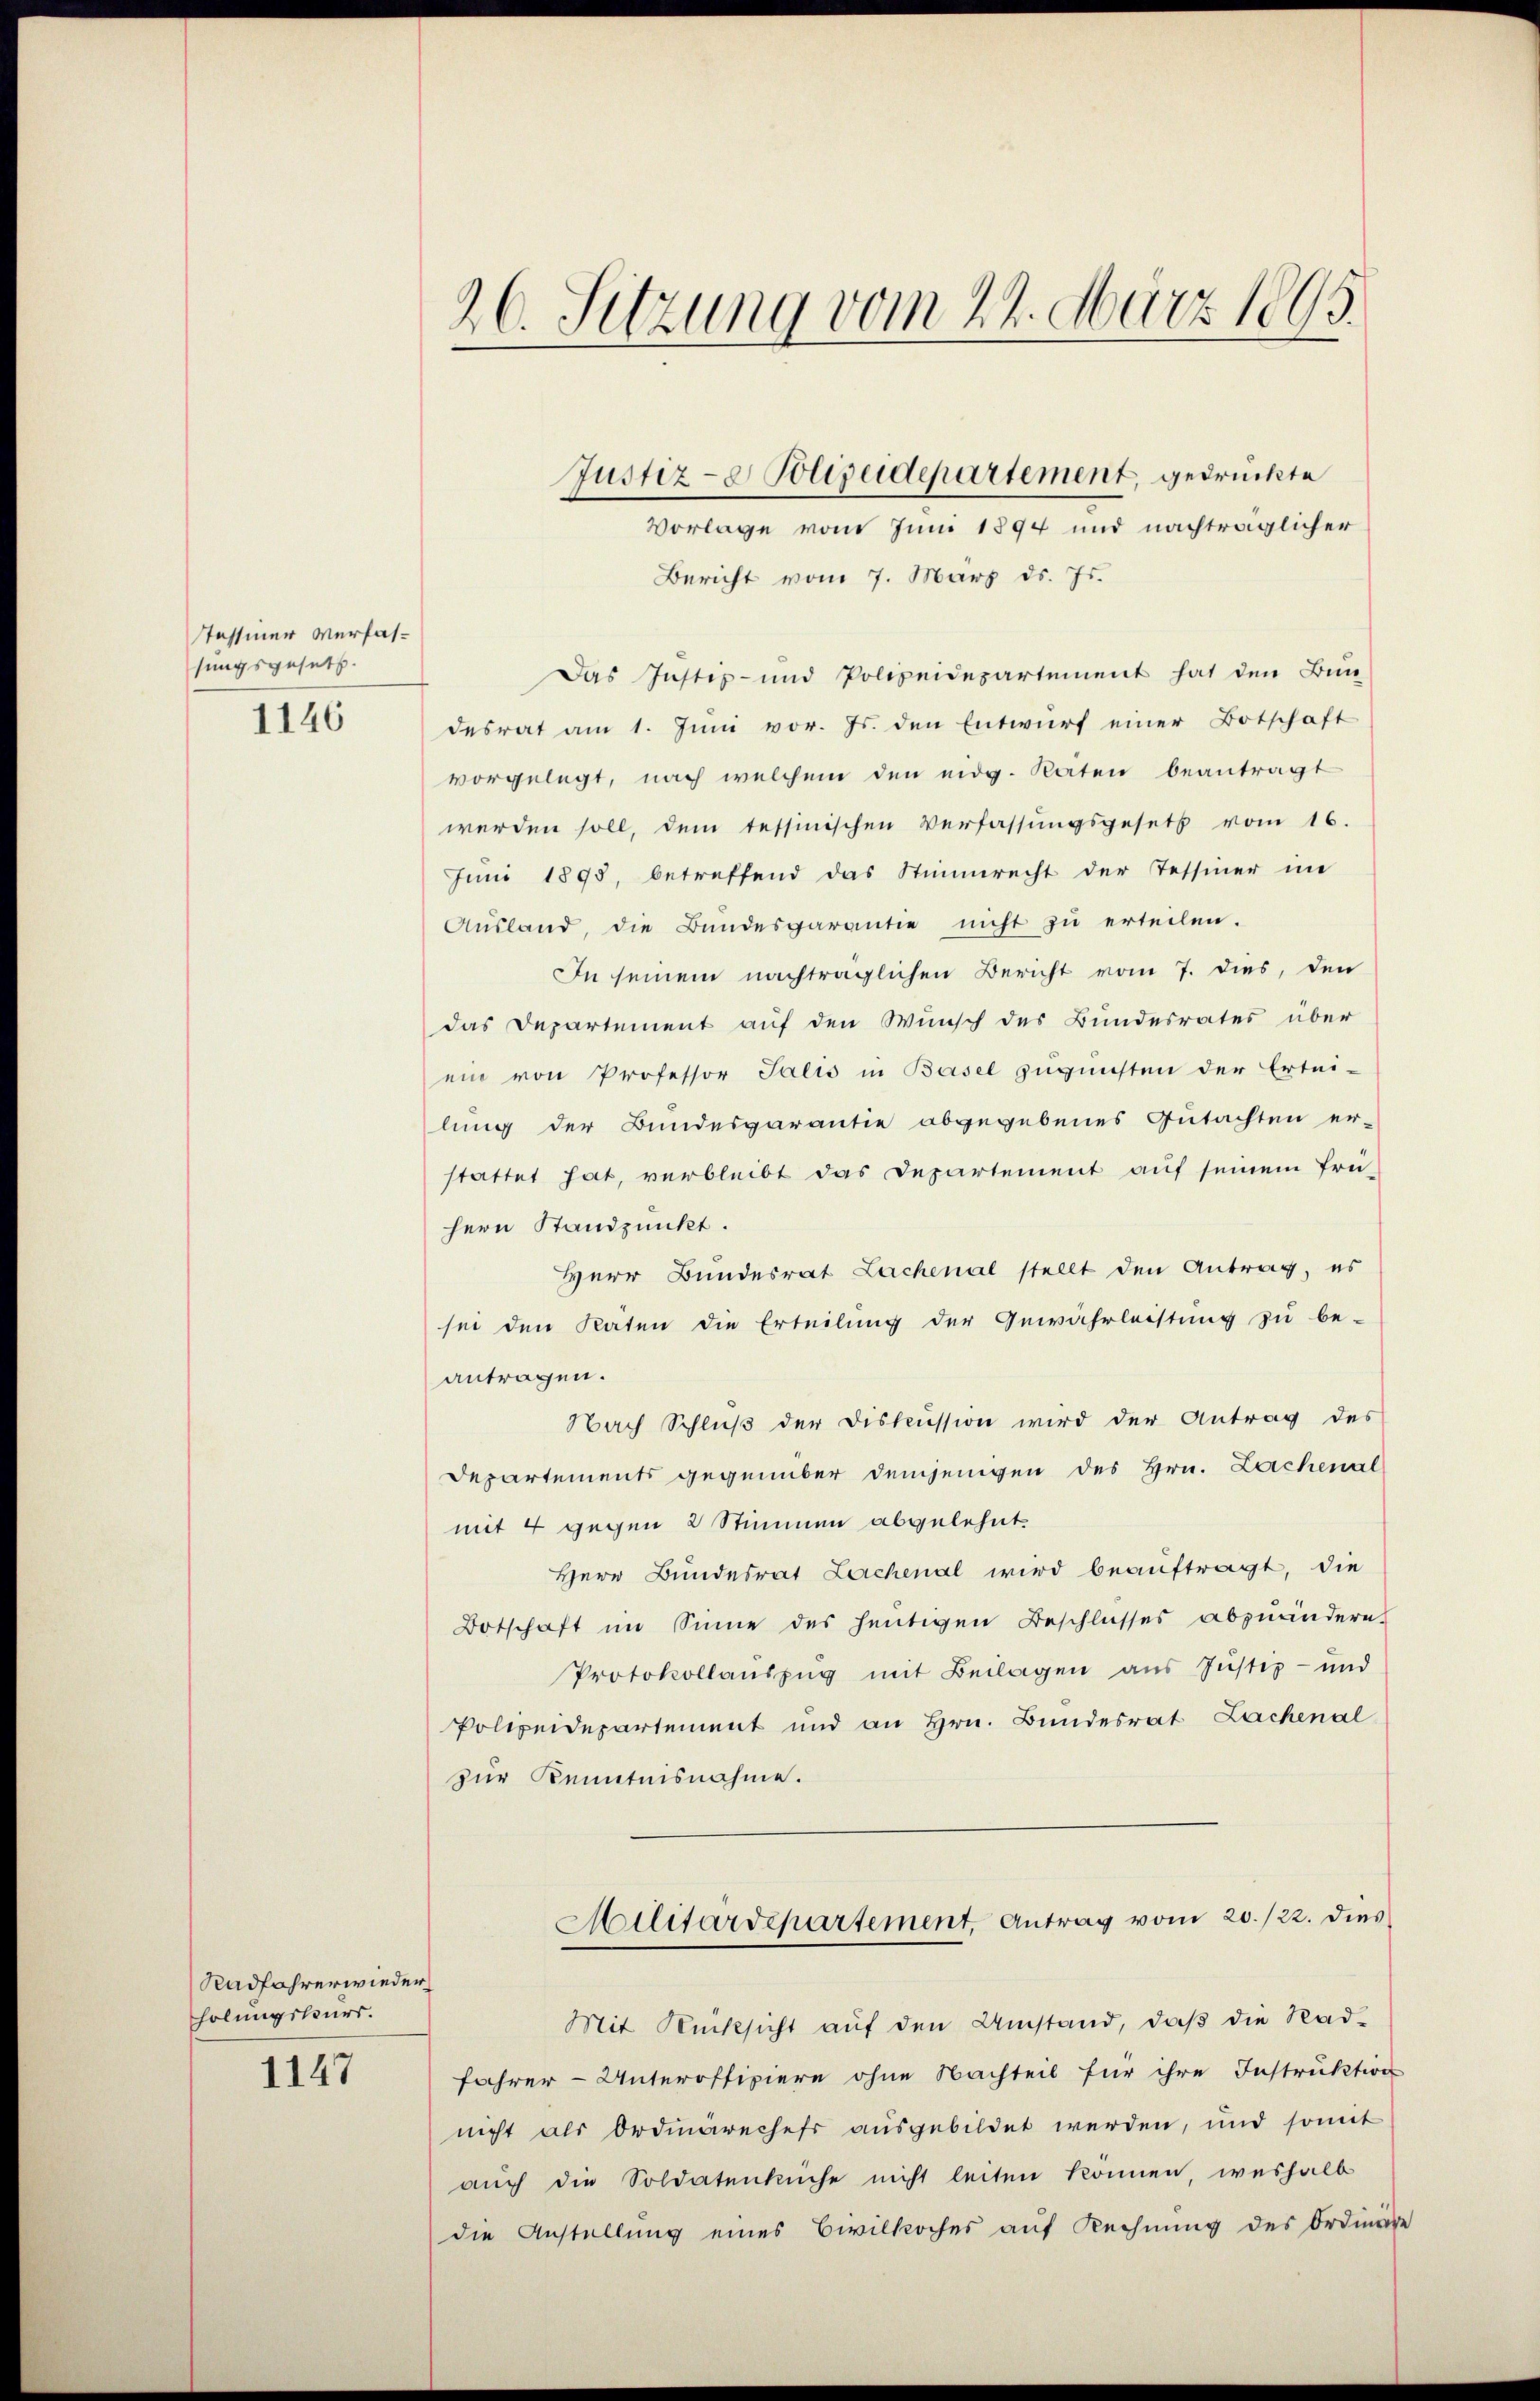
Tassiner Verfassungsgesetz
1146

Radfahrerwieder
holungskurs.
1147

26. Sitzung vom 22. März 1895.

Vorlage vom Juni 1894 und nachträglicher
Bericht vom 7. März ds. Js.
Das Justiz- und Polizeidepartement hat den Bun-
desrat am 1. Juni vor. Js. den Entwurf einer Botschaft
vorgelegt, nach welchem den eidg. Raten beantragt
werden soll, dem tessinischen Verfassŭngsgesetz vom 16.
Juni 1893, betreffend das Stimmrecht der Tessiner in
Aŭsland, die Bŭndesgarantie nicht zŭ erteilen.
In seinem nachträglichen Bericht vom 7. dies, den
das Departement auf den Wunsch des Bundesrates über
ein von Professor Salis in Basel zugunsten der Ertei-
lung der Bundesgarantie abgegebenes Gutachten er-
stattet hat, verbleibt das Departement auf seinem frü-
hern Standpunkt.
Herr Bundesrat Lachenal stellt den Antrag, es
sei den Raten die Erteilung der Gewährleistung zu be-
antragen.
Nach Schluß der Diskussion wird der Antrag des
Departements gegenüber demjenigen des Hrn. Lachenal
mit 4 gegen 2 Stimmen abgelehnt.
Herr Bundesrat Lachenal wird beauftragt, die
Botschaft im Sinne des heutigen Beschlusses abzuändern.
Protokollauszug mit Beilagen aus Justiz- und
Polizeidepartement und an Hrn. Bundesrat Lachenal
zur Kenntnisnahme.
Militärdepartement, Antrag vom 20./22. dies
Mit Rücksicht auf den Umstand, daß die Radfahrer - Unteroffiziere ohne Nachteil für ihre Instruktion
nicht als Ordiärechefs ausgebildet werden, und somit
auch die Soldatenkuche nicht leiten können, weshalb
die Anstellung eines Civilkoches auf Rechnung des Ordinäre

Justiz- & Polizeidepartement, gedrückte